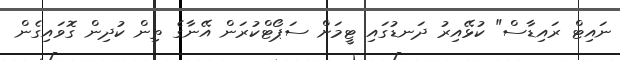
ނައިޓް ރައިޑާސް" ކުޅޭއިރު ދަނޑުގައި ޓީމަށް ސަޕޯޓްކުރަން އޭނާގެ ތިން ކުދިން ގޮވައިގެން